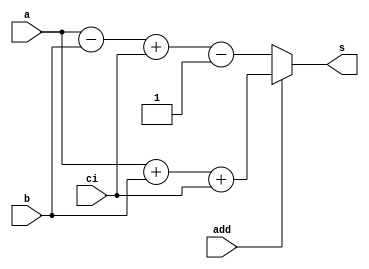
  module performance_Addsub_H872220872_L39 ( 
a,
 b,
 ci,
 add,
 s);
input [63:0] a;
input [63:0] b;
input  ci;
input  add;
output [63:0] s;

reg [63:0] s;
always @(a or b or add or ci)
begin
if (add)
 s = a+b+ci; else 
 s = a-b+ci-1;end
endmodule